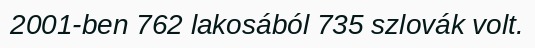
2001-ben 762 lakosából 735 szlovák volt.